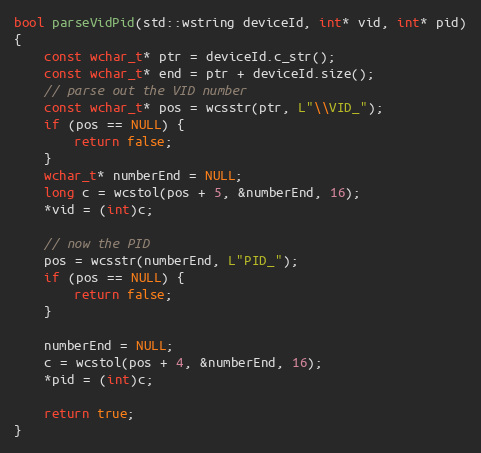
Language: C++
bool parseVidPid(std::wstring deviceId, int* vid, int* pid)
{
    const wchar_t* ptr = deviceId.c_str();
    const wchar_t* end = ptr + deviceId.size();
    // parse out the VID number
    const wchar_t* pos = wcsstr(ptr, L"\\VID_");
    if (pos == NULL) {
        return false;
    }
    wchar_t* numberEnd = NULL;
    long c = wcstol(pos + 5, &numberEnd, 16);
    *vid = (int)c;

    // now the PID
    pos = wcsstr(numberEnd, L"PID_");
    if (pos == NULL) {
        return false;
    }

    numberEnd = NULL;
    c = wcstol(pos + 4, &numberEnd, 16);
    *pid = (int)c;

    return true;
}